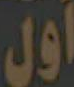
اول